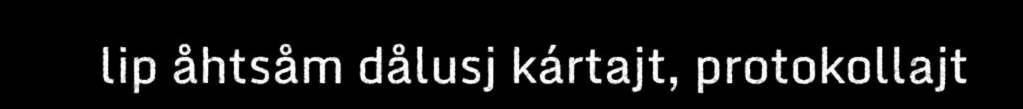
lip åhtsåm dålusj kártajt, protokollajt